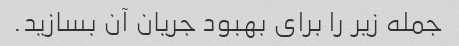
جمله زیر را برای بهبود جریان آن بسازید.